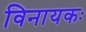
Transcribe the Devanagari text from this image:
विनायकः